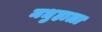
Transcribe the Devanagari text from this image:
मधुहाला